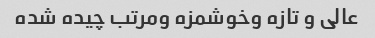
عالی و تازه و‌خوشمزه و‌مرتب چیده شده